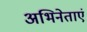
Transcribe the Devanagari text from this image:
अभिनेताएं